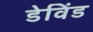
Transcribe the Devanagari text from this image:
डेविंड